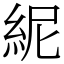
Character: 𥿡